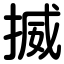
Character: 揻